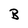
Character: B